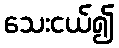
သေးငယ်၍